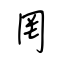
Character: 罔